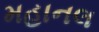
મહાનલ